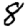
Digit: 8